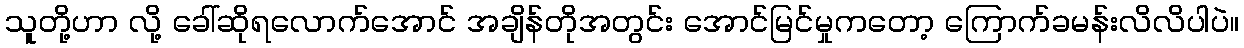
သူတို့ဟာ လို့ ခေါ်ဆိုရလောက်အောင် အချိန်တိုအတွင်း အောင်မြင်မှုကတော့ ကြောက်ခမန်းလိလိပါပဲ။